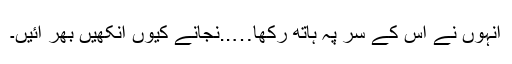
انہوں نے اس کے سر پہ ہاتھ رکھا…..نجانے کیوں آنکھیں بھر آئیں۔